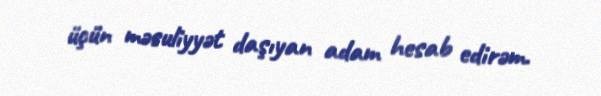
üçün məsuliyyət daşıyan adam hesab edirəm.